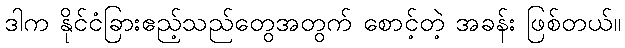
ဒါက နိုင်ငံခြားဧည့်သည်တွေအတွက် စောင့်တဲ့ အခန်း ဖြစ်တယ်။